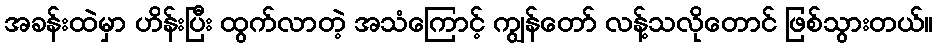
အခန်းထဲမှာ ဟိန်းပြီး ထွက်လာတဲ့ အသံကြောင့် ကျွန်တော် လန့်သလိုတောင် ဖြစ်သွားတယ်။